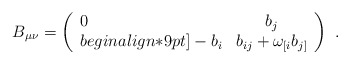
\begin{align*}B_{\mu\nu}=\left (\begin{array}{lc} 0 & b_j \\begin{align*}9pt] -b_i &b_{ij}+\omega_{[i}b_{j]} \end{array} \right) \ .\end{align*}